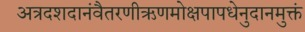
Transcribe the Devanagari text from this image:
अत्रदशदानंवैतरणीऋणमोक्षपापधेनुदानमुक्तं